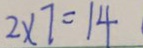
2 \times 7 = 1 4